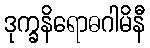
ဒုက္ခနိရောဓဂါမိနီ